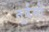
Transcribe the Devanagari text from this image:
तुर्वसों